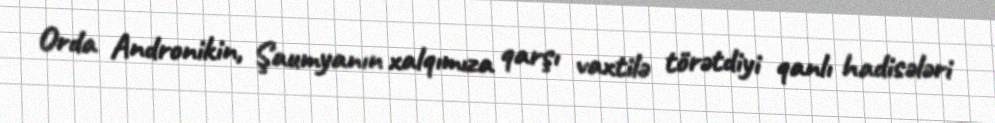
Orda Andronikin, Şaumyanın xalqımıza qarşı vaxtilə törətdiyi qanlı hadisələri